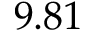
9 . 8 1